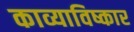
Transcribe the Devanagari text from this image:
काव्याविष्कार